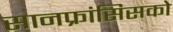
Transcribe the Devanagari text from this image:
सानफ्रांसिसको